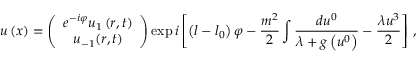
u \left( x \right) = \left( \begin{array} { c } { { e ^ { - i \varphi } u _ { 1 } \left( r , t \right) } } \\ { { u _ { - 1 } ( r , t ) } } \end{array} \right) \exp i \left[ \left( l - l _ { 0 } \right) \varphi - \frac { m ^ { 2 } } { 2 } \int \frac { d u ^ { 0 } } { \lambda + g \left( u ^ { 0 } \right) } - \frac { \lambda u ^ { 3 } } { 2 } \right] \, ,